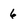
Character: 6